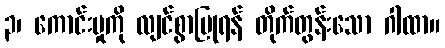
၃၊ ကောင်းမှုကို လျင်စွာပြုရန် တိုက်တွန်းသော ဂါထာ။